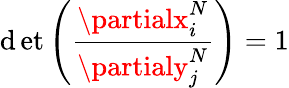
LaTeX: \operatorname*{\mathrm{d}et}\left(\frac{{\partialx_{i}^{N}}}{{\partialy_{j}^{N}}}\right)=1